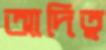
আদিত্ব